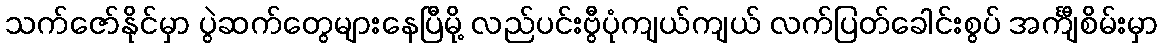
သက်ဇော်နိုင်မှာ ပွဲဆက်တွေများနေပြီမို့ လည်ပင်းဗွီပုံကျယ်ကျယ် လက်ပြတ်ခေါင်းစွပ် အင်္ကျီစိမ်းမှာ